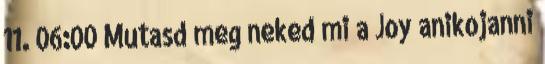
11. 06:00 Mutasd meg neked mi a Joy anikojanni